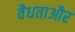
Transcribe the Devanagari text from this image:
वैधताऔर